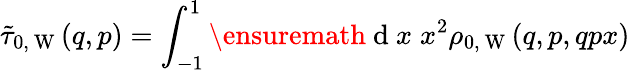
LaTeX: \tilde{\tau}_{0,\mathrm{~W~}}(q,p)=\int_{-1}^{1}\ensuremath{\mathrm{~d~}}x\; x^{2}\rho_{0,\mathrm{~W~}}(q,p,qpx)